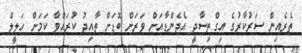
ތެރެއިން ސަރުކާރުގެ އިގްތިސާދީ އެޖެންޑާއަށް ވަރަށް ބޮޑަށް ތާއިދު ކުރައްވާ ކަމަށް ހަލީލް